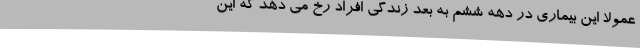
عمولاً این بیماری در دهه ششم به بعد زندگی افراد رخ می دهد که این